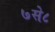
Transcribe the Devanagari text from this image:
७से८